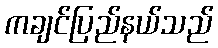
ကချင်ပြည်နယ်သည်